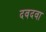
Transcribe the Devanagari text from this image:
दवदवा